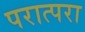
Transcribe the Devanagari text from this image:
परात्परा